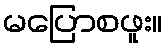
မပြောစဖူး။